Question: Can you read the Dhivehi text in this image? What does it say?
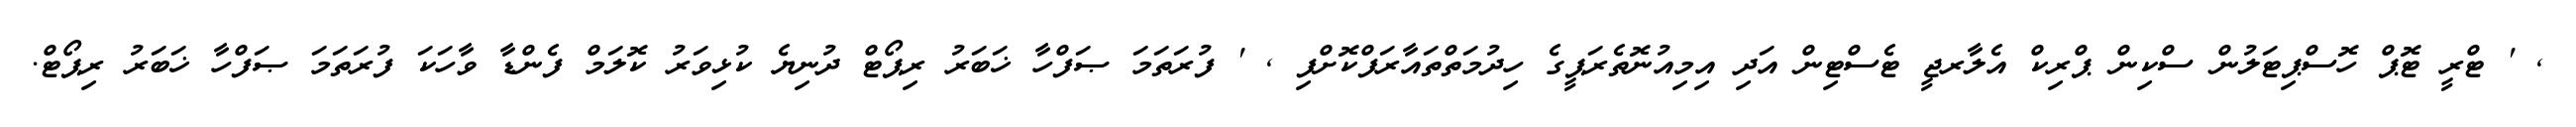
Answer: , ' ޓްރީ ޓޮޕް ހޮސްޕިޓަލުން ސްކިން ޕްރިކް އެލާރޖީ ޓެސްޓިން އަދި އިމިއުނޮތެރަޕީގެ ހިދުމަތްތައާރަފްކޮށްފި , ' ފުރަތަމަ ޞަފްހާ ޚަބަރު ރިޕޯޓް ދުނިޔެ ކުޅިވަރު ކޮލަމް ފެންޑާ ވާހަކަ ފުރަތަމަ ޞަފްހާ ޚަބަރު ރިޕޯޓް.